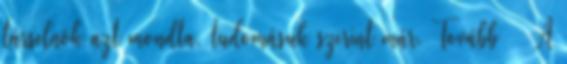
társelnök azt mondta, tudomásuk szerint már. Tovább › ›A